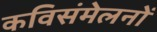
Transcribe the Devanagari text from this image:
कविसंमेलनों